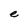
Character: e